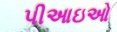
પીઆઇઓ